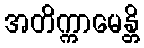
အတိက္ကာမေန္တိ